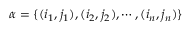
\alpha = \{ ( i _ { 1 } , j _ { 1 } ) , ( i _ { 2 } , j _ { 2 } ) , \cdots , ( i _ { n } , j _ { n } ) \}